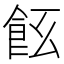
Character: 𩚞